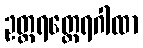
ဥတ္တရတ္ထေရဂါထာ